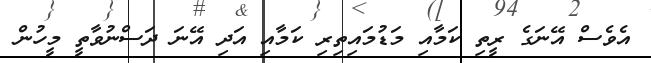
އެވެސް އޭނަގެ ރީތި ކަމާއި މަޑުމައިތިރި ކަމާއި އަދި އޭނަ ދަސްނުވާތީ މީހުން